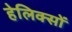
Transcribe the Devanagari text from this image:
हेलिक्सों